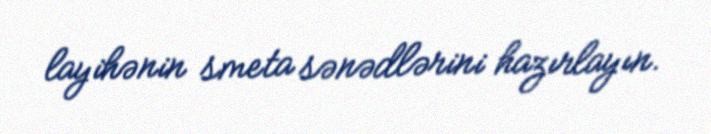
layihənin smeta sənədlərini hazırlayın.